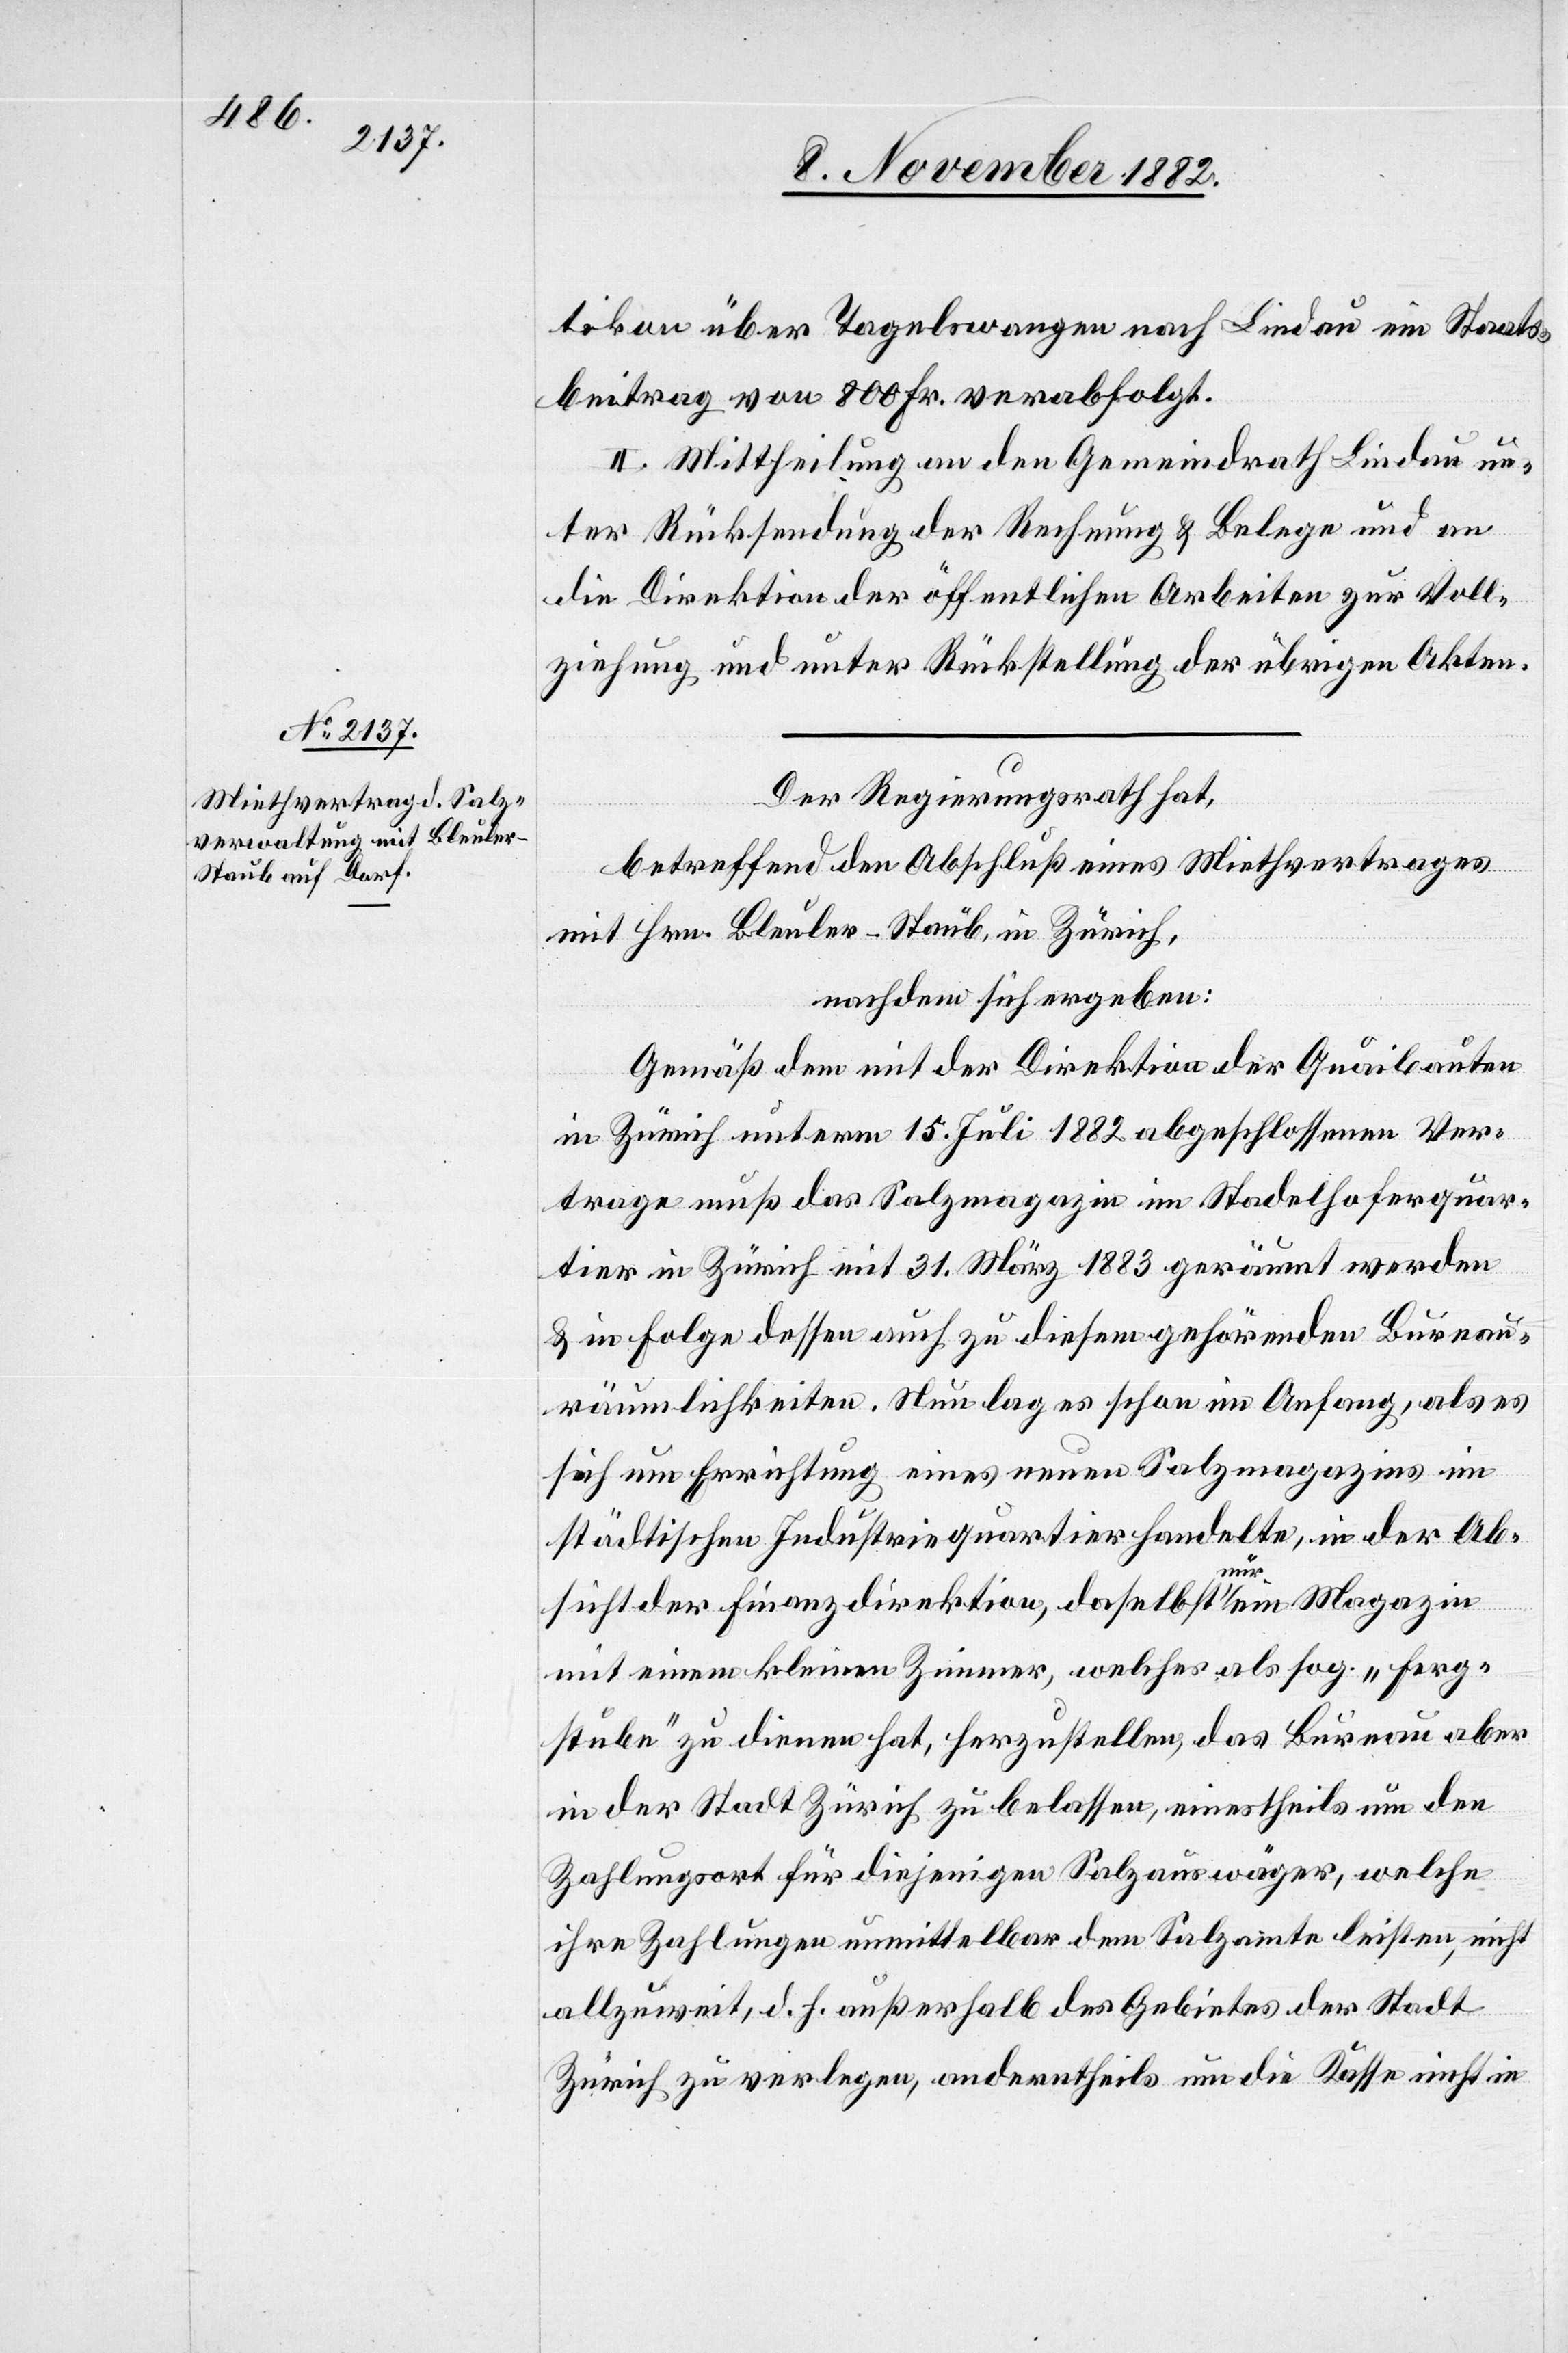
tikon über Tagelswangen nach Lindau ein Staats¬
beitrag von 800 Fr. verabfolgt.
II. Mittheilung an den Gemeindrath Lindau un¬
ter Rücksendung der Rechnung & Belege und an
die Direktion der öffentlichen Arbeiten zur Voll¬
ziehung und unter Rückstellung der übrigen Akten.
Der Regierungsrath hat,
betreffend den Abschluß eines Miethvertrages
mit Hrn. Bleuler-Staub, in Zürich,
nachdem sich ergeben:
Gemäß dem mit der Direktion der Quaibauten
in Zürich unterm 15. Juli 1882 abgeschlossenen Ver¬
trage muß das Salzmagazin im Stadelhoferquar¬
tier in Zürich mit 31. März 1883 geräumt werden
& in Folge dessen auch zu diesem gehörenden Bureau¬
räumlichkeiten. Nun lag es schon im Anfang, als es
sich um Errichtung eines neuen Salzmagazins im
städtischen Industriequartier handelte, in der Ab¬
sicht der Finanzdirektion, daselbst nur ein Magazin
mit einem kleinen Zimmer, welches als sog. „Ferg¬
stube“ zu dienen hat, herzustellen, das Bureau aber
in der Stadt Zürich zu belassen, einestheils um den
Zahlungsort für diejenigen Salzauswäger, welche
ihre Zahlungen unmittelbar dem Salzamte leisten, nicht
allzuweit, d. h. außerhalb des Gebietes der Stadt
Zürich zu verlegen, anderntheils um die Kasse nicht in